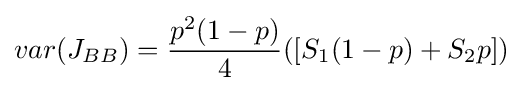
var(J_{BB})={\frac {p^{2}(1-p)}{4}}([S_{1}(1-p)+S_{2}p])